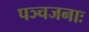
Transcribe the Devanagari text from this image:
पञ्चजनाः